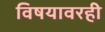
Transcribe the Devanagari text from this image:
विषयावरही